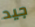
جيد